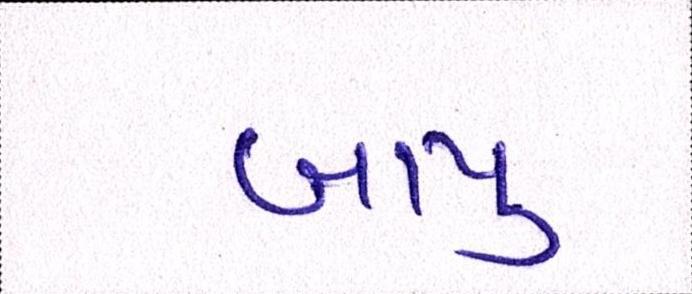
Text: બાપુ